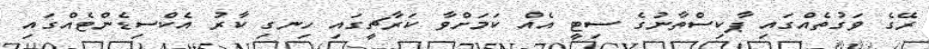
ރޭގެ ވަގުތެއްގައި ޕާކިސްތާނުގެ ސިޓީ އެއް ކަމަށްވާ ކަރާޗީގައި ހިނގި ކާރު އެކްސިޑެންޓެއްގައި